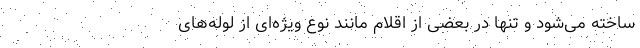
ساخته می‌شود و تنها در بعضی از اقلام مانند نوع ویژه‌ای از لوله‌های